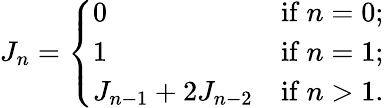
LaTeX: J_{n}={\left\{ \begin{array}{ll}{0}&{{\mathrm{if~}}n=0;}\\ {1}&{{\mathrm{if~}}n=1;}\\ {J_{n-1}+2J_{n-2}}&{{\mathrm{if~}}n>1.}\end{array}\right.}